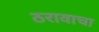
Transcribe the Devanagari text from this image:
ठरावाचा